Civil Veterinary Department. Madras. Admin. report 1926-33 - 1926-1933
Year: 1926
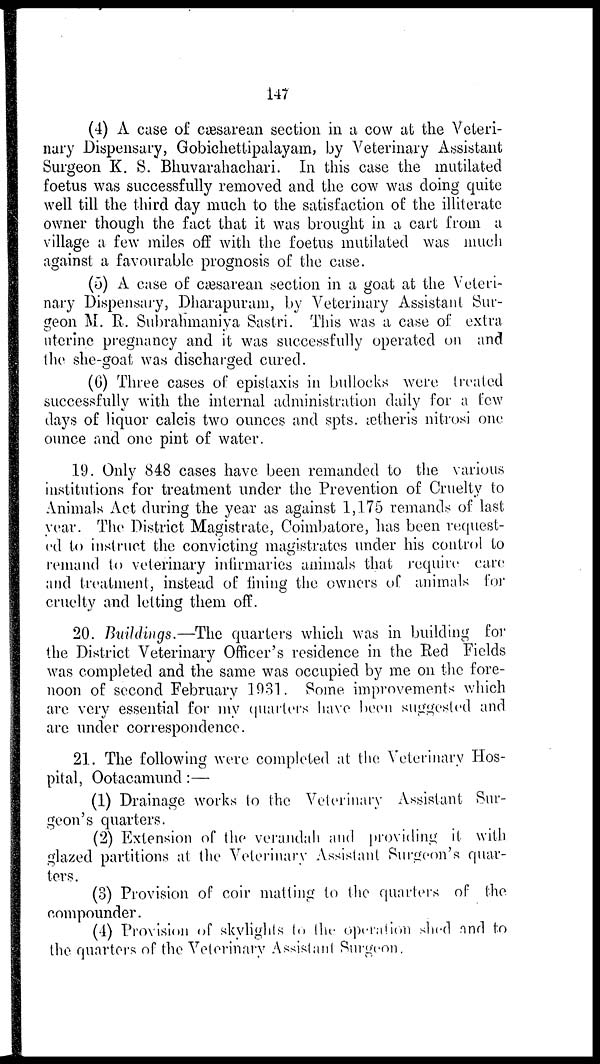
147
(4) A case of cæsarean section in a cow at the Veteri-
nary Dispensary, Gobichettipalayam, by Veterinary Assistant
Surgeon K. S. Bhuvarahachari. In this case the mutilated
foetus was successfully removed and the cow was doing quite
well till the third day much to the satisfaction of the illiterate
owner though the fact that it was brought in a cart from a
village a few miles off with the foetus mutilated was much
against a favourable prognosis of the case.
(5) A case of cæsarean section in a goat at the Veteri-
nary Dispensary, Dharapuram, by Veterinary Assistant Sur-
geon M. R. Subrahmaniya Sastri. This was a case of extra
uterine pregnancy and it was successfully operated on and
the she-goat was discharged cured.
(6) Three cases of epistaxis in bullocks were treated
successfully with the internal administration daily for a few
days of liquor calcis two ounces and spts. ætheris nitrosi one
ounce and one pint of water.
19. Only 848 cases have been remanded to the various
institutions for treatment under the Prevention of Cruelty to
Animals Act during the year as against 1,175 remands of last
year. The District Magistrate, Coimbatore, has been request-
ed to instruct the convicting magistrates under his control to
remand to veterinary infirmaries animals that require care
and treatment, instead of fining the owners of animals for
cruelty and letting them off.
20. Buildings.—The quarters which was in building for
the District Veterinary Officer's residence in the Red Fields
was completed and the same was occupied by me on the fore-
noon of second February 1931. Some improvements which
are very essential for my quarters have been suggested and
are under correspondence.
21. The following were completed at the Veterinary Hos-
pital, Ootacamund :—
(1) Drainage works to the Veterinary Assistant Sur-
geon's quarters.
(2) Extension of the verandah and providing it with
glazed partitions at the Veterinary Assistant Surgeon's quar-
ters.
(3) Provision of coir matting to the quarters of the
compounder.
(4) Provision of skylights to the operation shed and to
the quarters of the Veterinary Assistant Surgeon.